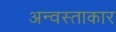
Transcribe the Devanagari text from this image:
अन्वस्ताकार